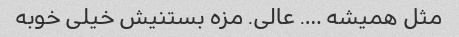
مثل همیشه …. عالی. مزه بستنیش خیلی خوبه